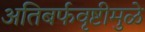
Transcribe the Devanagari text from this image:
अतिबर्फवृष्टीमुळे